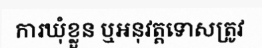
ការឃុំខ្លួន ឬអនុវត្តទោសត្រូវ